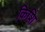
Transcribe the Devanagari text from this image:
किशि